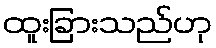
ထူးခြားသည်ဟု